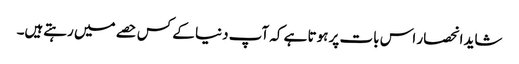
شاید انحصار اس بات پر ہوتا ہے کہ آپ دنیا کے کس حصے میں رہتےہیں۔